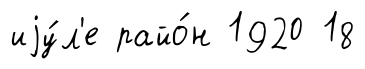
иjу́л'е райо́н 1920 18